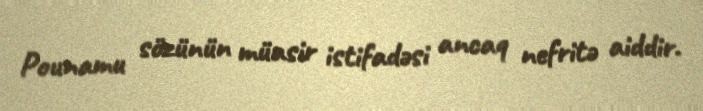
Pounamu sözünün müasir istifadəsi ancaq nefritə aiddir.